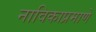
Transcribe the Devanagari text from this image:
नाविकाप्रमाणे